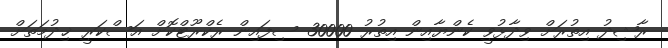
ރާޝިދު އިތުރަށް ވިދާޅުވީ ކެންޔާއިން އިތުރު 30000 ސިފައިން ރެކްރޫޓްކޮށް އަސްކަރީ ޚިދުމަތަށް